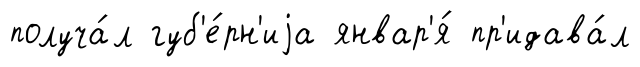
получа́л губ'е́рн'иjа январ'я́ пр'идава́л